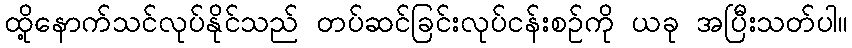
ထို့နောက်သင်လုပ်နိုင်သည် တပ်ဆင်ခြင်းလုပ်ငန်းစဉ်ကို ယခု အပြီးသတ်ပါ။